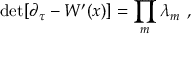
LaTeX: \mathrm { { d e t } } [ \partial _ { \tau } - W ^ { \prime } ( x ) ] = \prod _ { m } \lambda _ { m } ~ ,